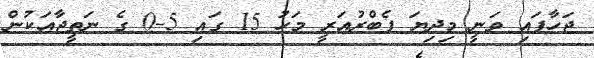
ޖަހާފައި ވަނީ މިދިޔަ ފެބްރުއަރީ މަހު 15 ގައި 5-0 ގެ ނަތީޖާއަކުން